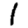
Digit: 1